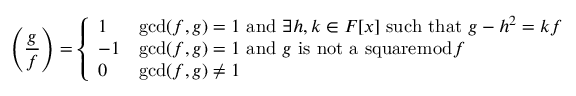
\left( { \frac { g } { f } } \right) = { \left\{ \begin{array} { l l } { 1 } & { \operatorname* { g c d } ( f , g ) = 1 { \mathrm { ~ a n d ~ } } \exists h , k \in F [ x ] { \mathrm { ~ s u c h ~ t h a t ~ } } g - h ^ { 2 } = k f } \\ { - 1 } & { \operatorname* { g c d } ( f , g ) = 1 { \mathrm { ~ a n d ~ } } g { \mathrm { ~ i s ~ n o t ~ a ~ s q u a r e } } { \bmod { f } } } \\ { 0 } & { \operatorname* { g c d } ( f , g ) \neq 1 } \end{array} \right. }